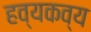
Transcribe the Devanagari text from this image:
हव्यकव्य